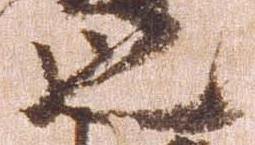
也